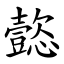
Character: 㦤